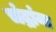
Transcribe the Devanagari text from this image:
चंद्रांना